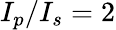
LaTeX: I_{p}/I_{s}=2